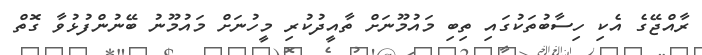
ރާއްޖޭގެ އެކި ހިސާބުތަކުގައި ތިބި މައުމޫނަށް ތާއީދުކުރި މީހުނަށް މައުމޫނު ބޭނުންފުޅުވާ ގޮތް